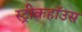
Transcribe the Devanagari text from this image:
स्ट्रीकहॉउस